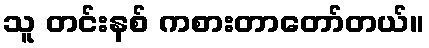
သူ တင်းနစ် ကစားတာတော်တယ်။